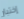
إختبار